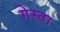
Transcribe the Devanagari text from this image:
गेस्ता